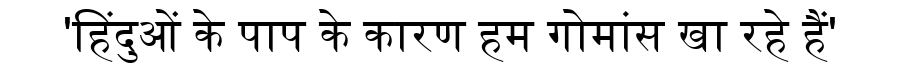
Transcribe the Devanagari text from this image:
'हिंदुओं के पाप के कारण हम गोमांस खा रहे हैं'